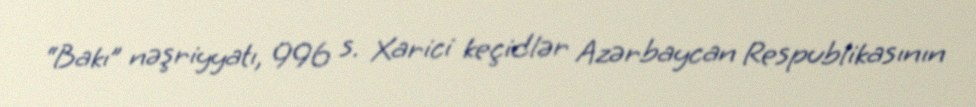
“Bakı” nəşriyyatı, 996 s. Xarici keçidlər Azərbaycan Respublikasının